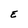
Character: E